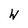
Character: W